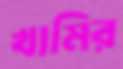
খামির